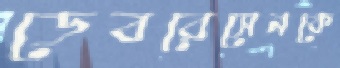
ডেবরেসেনকে